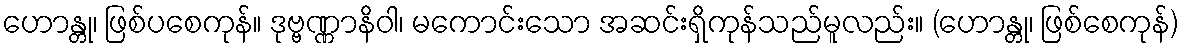
ဟောန္တု၊ ဖြစ်ပစေကုန်။ ဒုဗ္ဗဏ္ဏာနိဝါ၊ မကောင်းသော အဆင်းရှိကုန်သည်မူလည်း။ (ဟောန္တု၊ ဖြစ်စေကုန်)